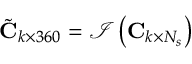
\tilde { \mathbf { C } } _ { k \times 3 6 0 } = \mathcal { I } \left( \mathbf { C } _ { k \times N _ { s } } \right)